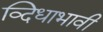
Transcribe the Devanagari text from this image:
व्दिधाभावी